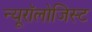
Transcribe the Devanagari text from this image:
न्यूरॉलोजिस्ट